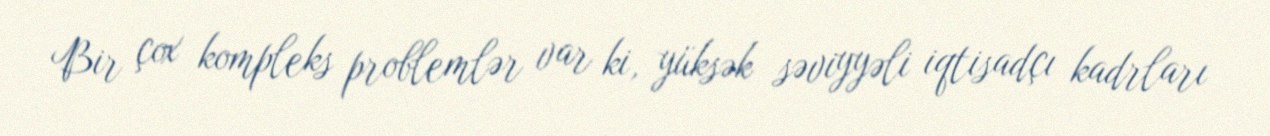
Bir çox kompleks problemlər var ki, yüksək səviyyəli iqtisadçı kadrları